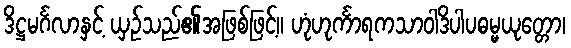
ဒိဋ္ဌမင်္ဂလာနှင့် ယှဉ်သည်၏အဖြစ်ဖြင့်။ ဟုံဟုင်္ကာရကသာဝါဒိပါပဓမ္မယုတ္တော၊